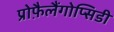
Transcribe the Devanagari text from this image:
प्रोफ़ैलैंगोप्सिडी